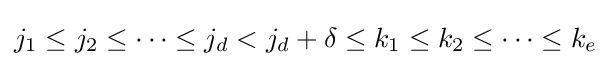
j_{1}\leq j_{2}\leq \dots \leq j_{d}<j_{d}+\delta \leq k_{1}\leq k_{2}\leq \dots \leq k_{e}